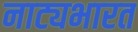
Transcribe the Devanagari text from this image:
नाट्यभारत